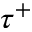
\tau ^ { + }